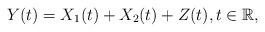
LaTeX: \begin{align*} Y(t)=X_1(t)+X_2(t)+Z(t), t \in \mathbb{R},\end{align*}